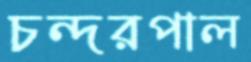
চন্দরপাল